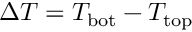
\Delta T = T _ { \mathrm { b o t } } - T _ { \mathrm { t o p } }